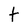
Character: t